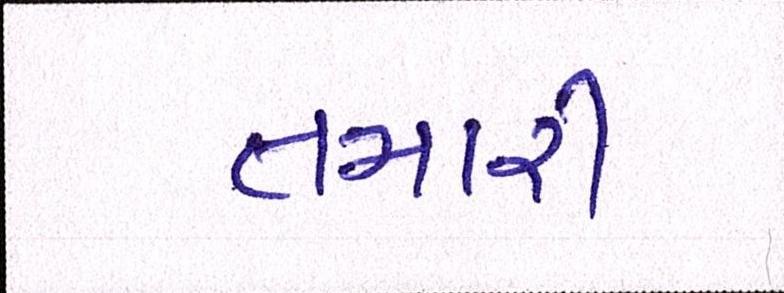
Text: તમારી